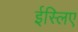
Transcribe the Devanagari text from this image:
ईस्लिए